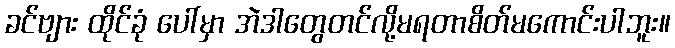
ခင်ဗျား ထိုင်ခုံ ပေါ်မှာ အဲဒါတွေတင်လို့မရတာစိတ်မကောင်းပါဘူး။